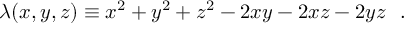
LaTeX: \lambda ( x , y , z ) \equiv x ^ { 2 } + y ^ { 2 } + z ^ { 2 } - 2 x y - 2 x z - 2 y z \ \ .